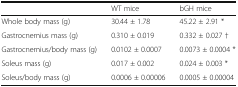
<table><thead><tr><td>[EMPTY_CELL]</td><td><b>WT mice</b></td><td><b>bGH mice</b></td></tr></thead><tbody><tr><td>Whole body mass (g)</td><td>30.44 ± 1.78</td><td>45.22 ± 2.91 *</td></tr><tr><td>Gastrocnemius mass (g)</td><td>0.310 ± 0.019</td><td>0.332 ± 0.027 †</td></tr><tr><td>Gastrocnemius/body mass (g)</td><td>0.0102 ± 0.0007</td><td>0.0073 ± 0.0004 *</td></tr><tr><td>Soleus mass (g)</td><td>0.017 ± 0.002</td><td>0.024 ± 0.003 *</td></tr><tr><td>Soleus/body mass (g)</td><td>0.0006 ± 0.00006</td><td>0.0005 ± 0.00004</td></tr></tbody></table>